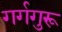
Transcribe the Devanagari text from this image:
गर्गगुरू